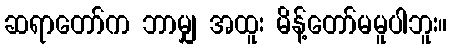
ဆရာတော်က ဘာမျှ အထူး မိန့်တော်မမူပါဘူး။